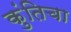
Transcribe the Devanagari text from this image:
कुंतिचा